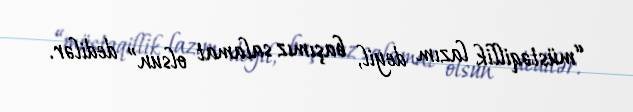
“müstəqillik lazım deyil, başımız salamat olsun” dedilər.